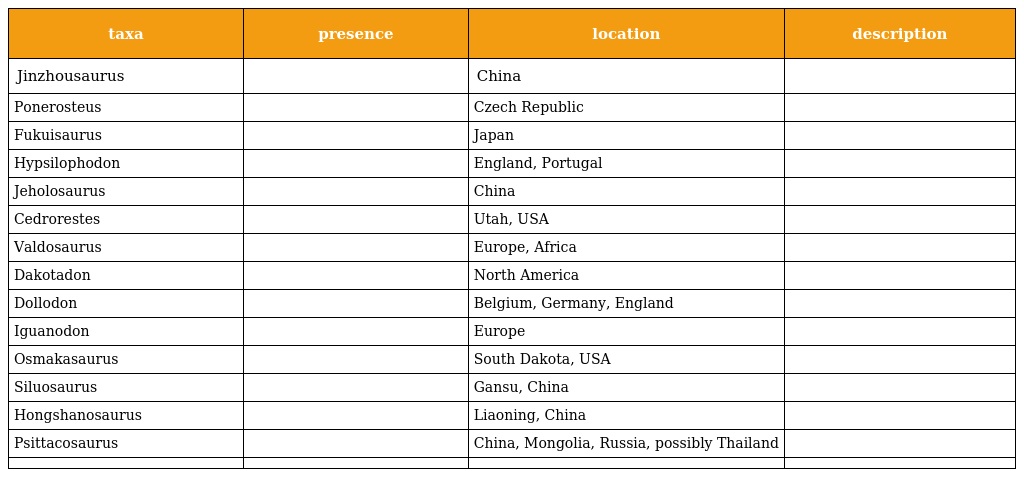
| taxa | presence | location | description |
 | --- | --- | --- | --- |
 | Jinzhousaurus |  | China |  |
 | Ponerosteus |  | Czech Republic |  |
 | Fukuisaurus |  | Japan |  |
 | Hypsilophodon |  | England, Portugal |  |
 | Jeholosaurus |  | China |  |
 | Cedrorestes |  | Utah, USA |  |
 | Valdosaurus |  | Europe, Africa |  |
 | Dakotadon |  | North America |  |
 | Dollodon |  | Belgium, Germany, England |  |
 | Iguanodon |  | Europe |  |
 | Osmakasaurus |  | South Dakota, USA |  |
 | Siluosaurus |  | Gansu, China |  |
 | Hongshanosaurus |  | Liaoning, China |  |
 | Psittacosaurus |  | China, Mongolia, Russia, possibly Thailand |  |
 |  |  |  |  |